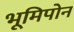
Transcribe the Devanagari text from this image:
भूमिपोन